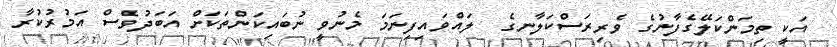
އަކީ ތިމަންކަލޭގެފާނުގެ ވެރިރަސްކަލާނގެ  ލައްވައިފިނަމަ މެނުވީ ނުބައިކަންތަކަށް އަބަދުވެސް އަމުރުކުރާ